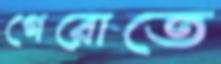
গেরোতে